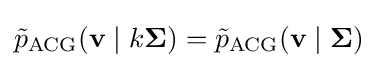
{\tilde {p}}_{\text{ACG}}(\mathbf {v} \mid k{\boldsymbol {\Sigma }})={\tilde {p}}_{\text{ACG}}(\mathbf {v} \mid {\boldsymbol {\Sigma }})